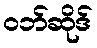
ဝဘ်ဆိုဒ်